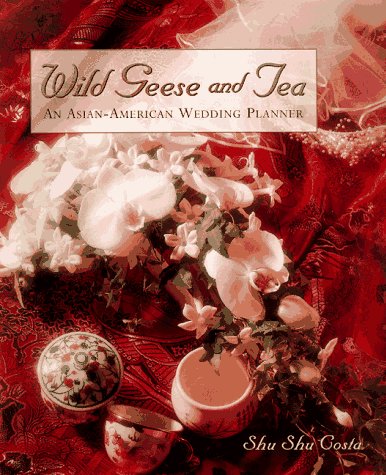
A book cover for Wild Geese and Tea: An Asian-American Wedding Planner; Shu Shu Costa; Crafts, Hobbies & Home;